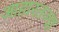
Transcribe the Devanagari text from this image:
आहारतज्ज्ञ